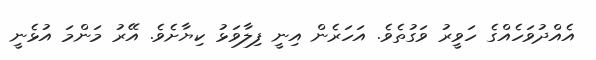
އެއްދުވަހެއްގެ ހަވީރު ވަގުތެވެ. އަހަރެން އިނީ ފިލާވަޅު ކިޔާށެވެ. އޭރު މަންމަ އުޅެނީ